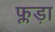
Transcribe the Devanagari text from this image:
फ्लड़ा